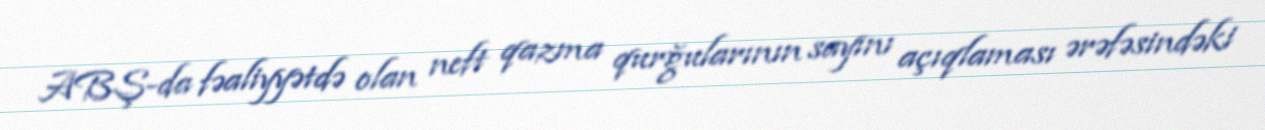
ABŞ-da fəaliyyətdə olan neft qazma qurğularının sayını açıqlaması ərəfəsindəki